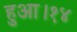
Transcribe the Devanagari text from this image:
हुआ।१४